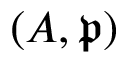
( A , { \mathfrak { p } } )